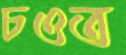
চওত